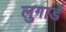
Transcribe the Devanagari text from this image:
लुगार्ड